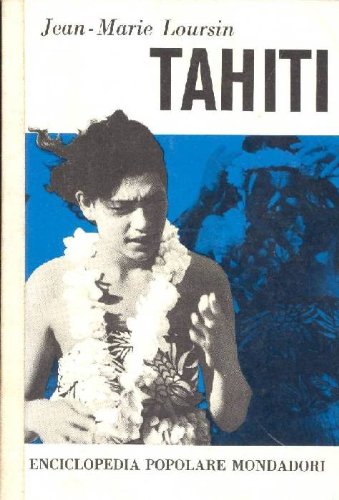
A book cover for Tahiti; LOURSIN Jean-Marie; Travel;